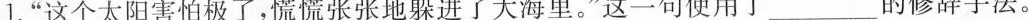
1.”这个太阳害怕极了，慌慌张张地躲进了大海里。”这一句使用了___的修辞手法。